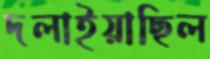
দলাইয়াছিল